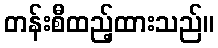
တန်းစီထည့်ထားသည်။